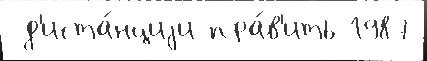
 д'иста́нциjи пра́в'ить 1987